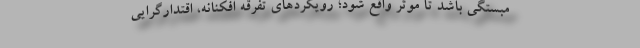
مبستگی باشد تا موثر واقع شود؛ رویکردهای تفرقه افکنانه، اقتدارگرایی